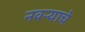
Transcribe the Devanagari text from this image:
नवऱ्याचे